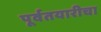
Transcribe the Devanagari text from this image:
पूर्वतयारीचा